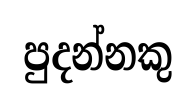
පුදන්නකු